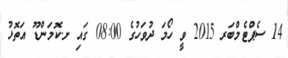
14 ސެޕްޓެމްބަރ 2015 ވީ ހޯމަ ދުވަހުގެ 08:00 ގައި ށ.ކޮމަންޑޫ އަތޮޅު